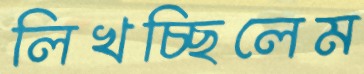
লিখচ্ছিলেম